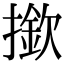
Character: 撳